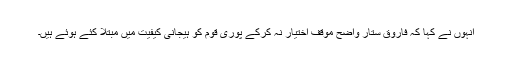
انہوں نے کہا کہ فاروق ستار واضح موقف اختیار نہ کرکے پوری قوم کو ہیجانی کیفیت میں مبتلا کئے ہوئے ہیں۔